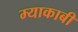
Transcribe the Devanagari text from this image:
म्याकाबी